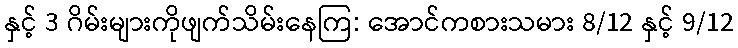
နှင့် 3 ဂိမ်းများကိုဖျက်သိမ်းနေကြ: အောင်ကစားသမား 8/12 နှင့် 9/12